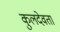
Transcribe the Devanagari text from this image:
कुलदेवतां